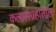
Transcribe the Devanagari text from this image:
कलासंग्रहातील